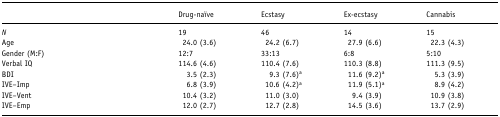
|  | Drug-naïve | Ecstasy | Ex-ecstasy | Cannabis |
 | --- | --- | --- | --- | --- |
 | N | 19 | 46 | 14 | 15 |
 | Age | 24.0 (3.6) | 24.2 (6.7) | 27.9 (6.6) | 22.3 (4.3) |
 | Gender (M:F) | 12:7 | 33:13 | 6:8 | 5:10 |
 | Verbal IQ | 114.6 (4.6) | 110.4 (7.6) | 110.3 (8.8) | 111.3 (9.5) |
 | BDI | 3.5 (2.3) | 9.3 (7.6)a | 11.6 (9.2)a | 5.3 (3.9) |
 | IVE–Imp | 6.8 (3.9) | 10.6 (4.2)a | 11.9 (5.1)a | 8.9 (4.2) |
 | IVE–Vent | 10.4 (3.2) | 11.0 (3.0) | 9.4 (3.9) | 10.9 (3.8) |
 | IVE–Emp | 12.0 (2.7) | 12.7 (2.8) | 14.5 (3.6) | 13.7 (2.9) |